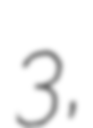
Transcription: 3,